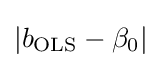
|b_{\text{OLS}}-\beta _{0}|